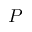
P